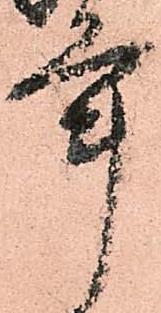
年